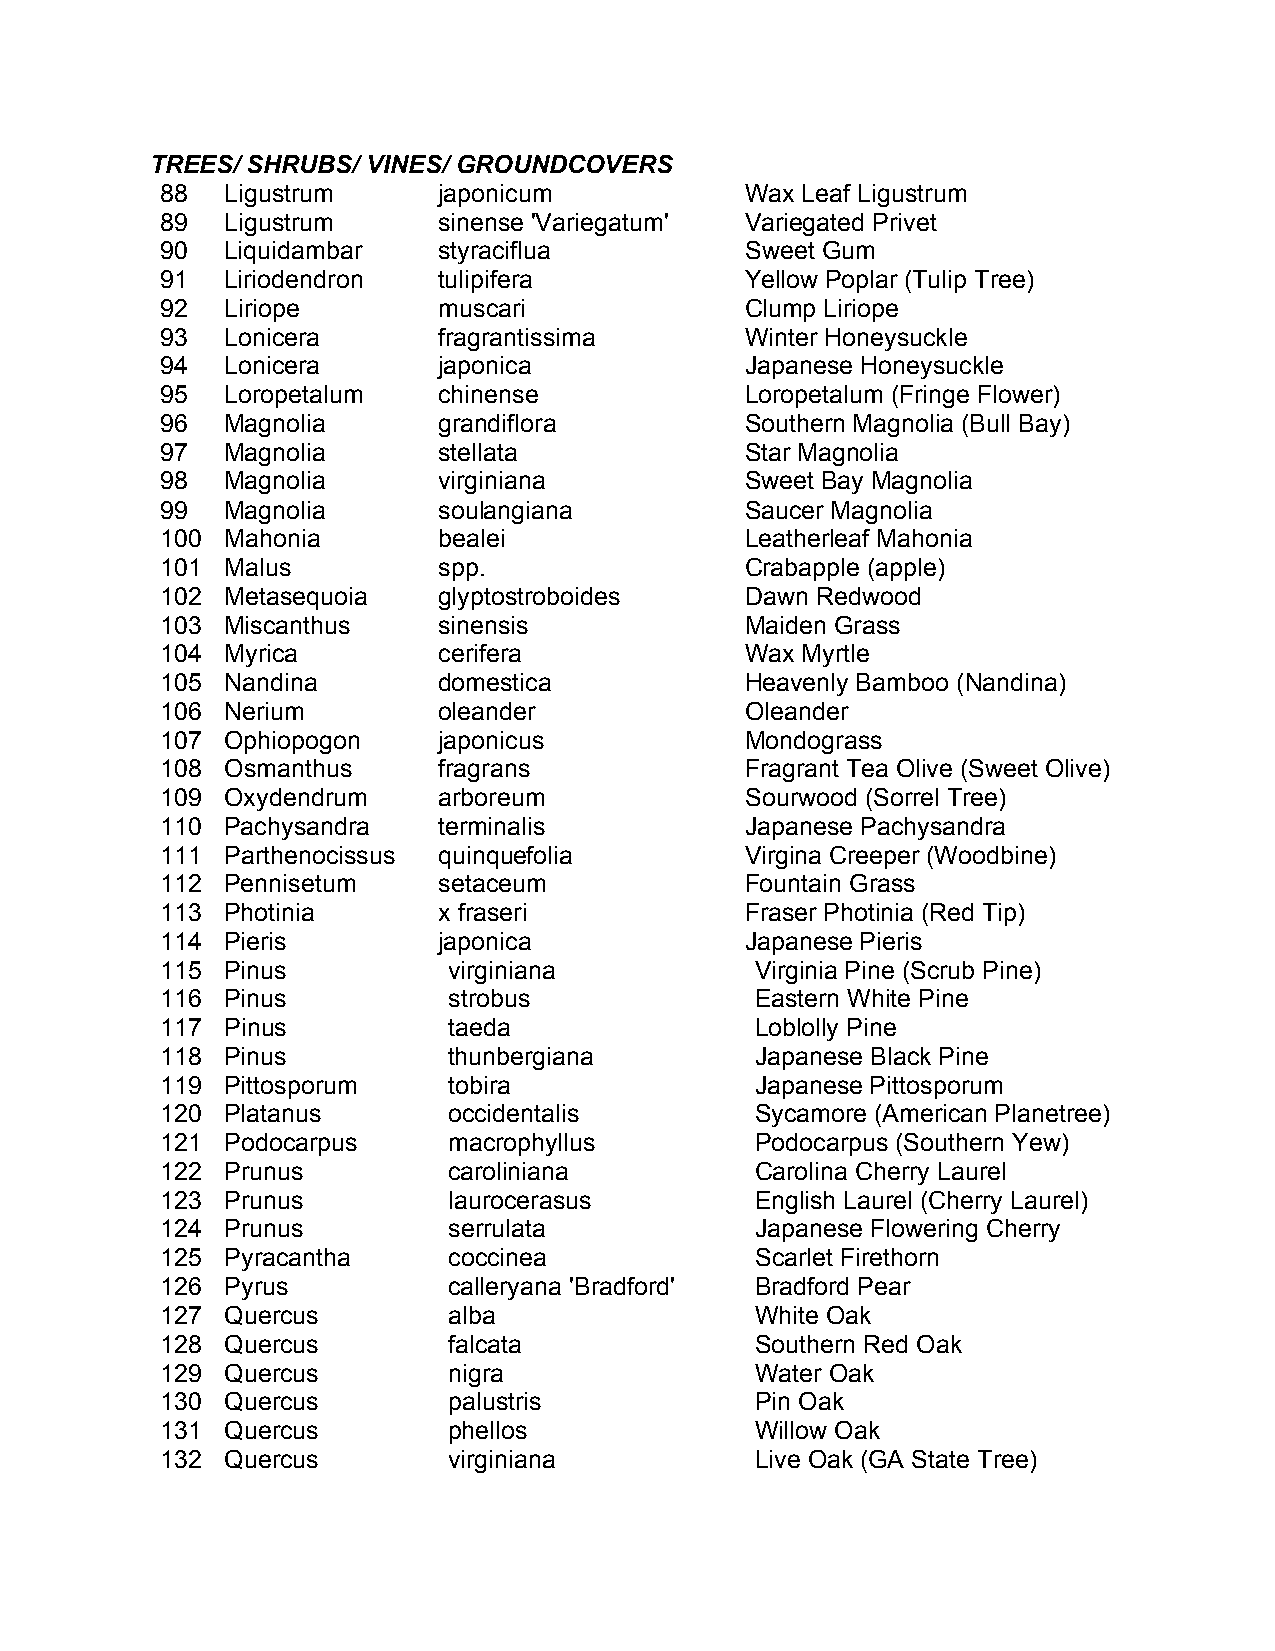
TREES/ SHRUBS/ VINES/ GROUNDCOVERS
 88  Ligustrum     japonicum           Wax Leaf Ligustrum
 89  Ligustrum     sinense 'Variegatum' Variegated Privet
 90  Liquidambar   styraciflua         Sweet Gum
 91  Liriodendron  tulipifera          Yellow Poplar (Tulip Tree)
 92  Liriope       muscari             Clump Liriope
 93  Lonicera      fragrantissima      Winter Honeysuckle
 94  Lonicera      japonica            Japanese Honeysuckle
 95  Loropetalum   chinense            Loropetalum (Fringe Flower)
 96  Magnolia      grandiflora         Southern Magnolia (Bull Bay)
 97  Magnolia      stellata            Star Magnolia
 98  Magnolia      virginiana          Sweet Bay Magnolia
 99  Magnolia      soulangiana         Saucer Magnolia
 100 Mahonia       bealei              Leatherleaf Mahonia
 101 Malus         spp.                Crabapple (apple)
 102 Metasequoia   glyptostroboides    Dawn Redwood
 103 Miscanthus    sinensis            Maiden Grass
 104 Myrica        cerifera            Wax Myrtle
 105 Nandina       domestica           Heavenly Bamboo (Nandina)
 106 Nerium        oleander            Oleander
 107 Ophiopogon    japonicus           Mondograss
 108 Osmanthus     fragrans            Fragrant Tea Olive (Sweet Olive)
 109 Oxydendrum    arboreum            Sourwood (Sorrel Tree)
 110 Pachysandra   terminalis          Japanese Pachysandra
 111 Parthenocissus quinquefolia       Virgina Creeper (Woodbine)
 112 Pennisetum    setaceum            Fountain Grass
 113 Photinia      x fraseri           Fraser Photinia (Red Tip)
 114 Pieris        japonica            Japanese Pieris
 115 Pinus          virginiana          Virginia Pine (Scrub Pine)
 116 Pinus          strobus             Eastern White Pine
 117 Pinus          taeda               Loblolly Pine
 118 Pinus          thunbergiana        Japanese Black Pine
 119 Pittosporum    tobira              Japanese Pittosporum
 120 Platanus       occidentalis        Sycamore (American Planetree)
 121 Podocarpus     macrophyllus        Podocarpus (Southern Yew)
 122 Prunus         caroliniana         Carolina Cherry Laurel
 123 Prunus         laurocerasus        English Laurel (Cherry Laurel)
 124 Prunus         serrulata           Japanese Flowering Cherry
 125 Pyracantha     coccinea            Scarlet Firethorn
 126 Pyrus          calleryana 'Bradford' Bradford Pear
 127 Quercus        alba                White Oak
 128 Quercus        falcata             Southern Red Oak
 129 Quercus        nigra               Water Oak
 130 Quercus        palustris           Pin Oak
 131 Quercus        phellos             Willow Oak
 132 Quercus        virginiana          Live Oak (GA State Tree)